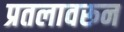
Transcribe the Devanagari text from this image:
प्रतलावरून